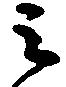
之